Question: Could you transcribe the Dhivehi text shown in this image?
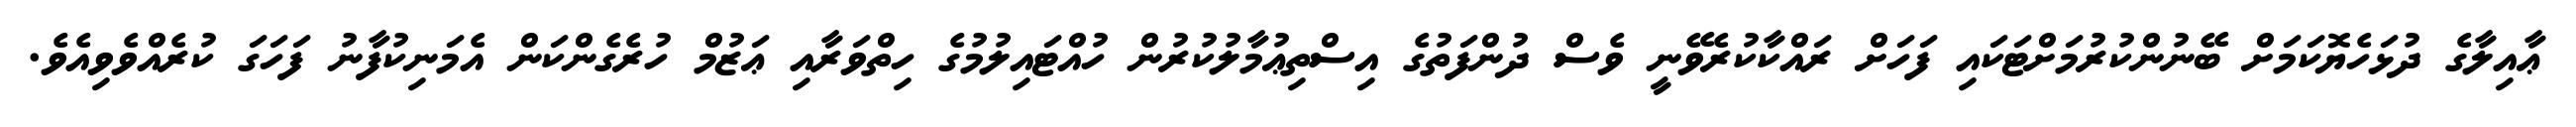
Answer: ޢާއިލާގެ ދުޅަހެޔޮކަމަށް ބޭނުންކުރުމަށްޓަކައި ފަހަށް ރައްކާކުރެވޭނީ ވެސް ދުންފަތުގެ އިސްތިޢުމާލުކުރުން ހުއްޓައިލުމުގެ ހިތްވަރާއި ޢަޒުމް ހުރެގެންކަން އެމަނިކުފާނު ފަހަގަ ކުރެއްވެވިއެވެ.